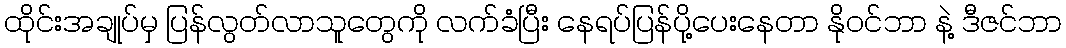
ထိုင်းအချုပ်မှ ပြန်လွတ်လာသူတွေကို လက်ခံပြီး နေရပ်ပြန်ပို့ပေးနေတာ နိုဝင်ဘာ နဲ့ ဒီဇင်ဘာ